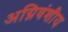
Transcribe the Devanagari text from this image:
अग्निवंशीय